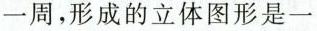
一周，形成的立体图形是一